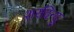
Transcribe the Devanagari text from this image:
शरदिन्दु